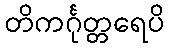
တိကင်္ဂုတ္တရေပိ